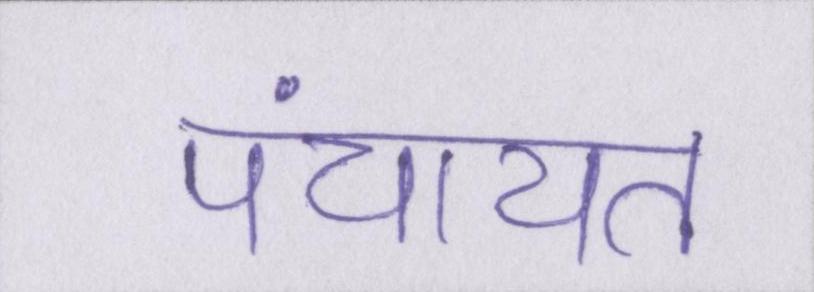
पंचायत